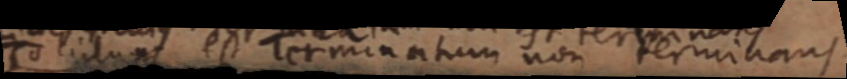
Solidum est Terminatum non terminans